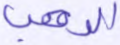
الرهب